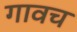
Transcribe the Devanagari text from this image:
गावच